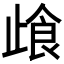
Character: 𰙰